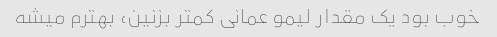
خوب بود یک مقدار لیمو عمانی کمتر بزنین، بهترم میشه